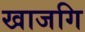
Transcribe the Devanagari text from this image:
खाजगि